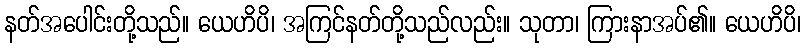
နတ်အပေါင်းတို့သည်။ ယေဟိပိ၊ အကြင်နတ်တို့သည်လည်း။ သုတာ၊ ကြားနာအပ်၏။ ယေဟိပိ၊